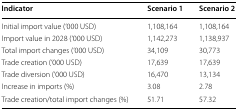
<table><thead><tr><td><b>Indicator</b></td><td><b>Scenario 1</b></td><td><b>Scenario 2</b></td></tr></thead><tbody><tr><td>Initial import value (‘000 USD)</td><td>1,108,164</td><td>1,108,164</td></tr><tr><td>Import value in 2028 (‘000 USD)</td><td>1,142,273</td><td>1,138,937</td></tr><tr><td>Total import changes (‘000 USD)</td><td>34,109</td><td>30,773</td></tr><tr><td>Trade creation (‘000 USD)</td><td>17,639</td><td>17,639</td></tr><tr><td>Trade diversion (‘000 USD)</td><td>16,470</td><td>13,134</td></tr><tr><td>Increase in imports (%)</td><td>3.08</td><td>2.78</td></tr><tr><td>Trade creation/total import changes (%)</td><td>51.71</td><td>57.32</td></tr></tbody></table>